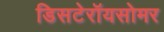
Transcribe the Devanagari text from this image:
डिसटेरॉयसोमर